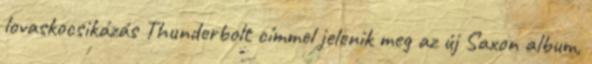
lovaskocsikázás Thunderbolt címmel jelenik meg az új Saxon album,